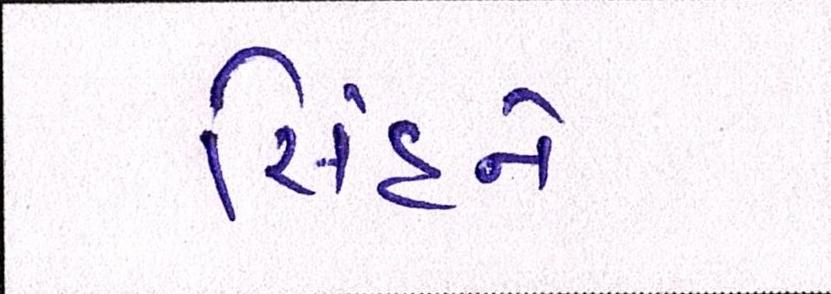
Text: સિંહને